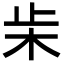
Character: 𣏔